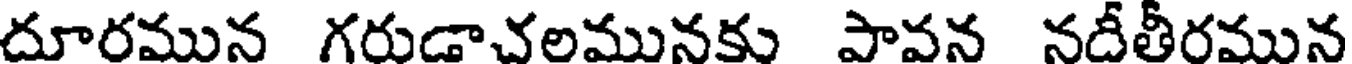
దూరమున గరుడాచలమునకు పావన నదీతీరమున